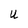
Character: U